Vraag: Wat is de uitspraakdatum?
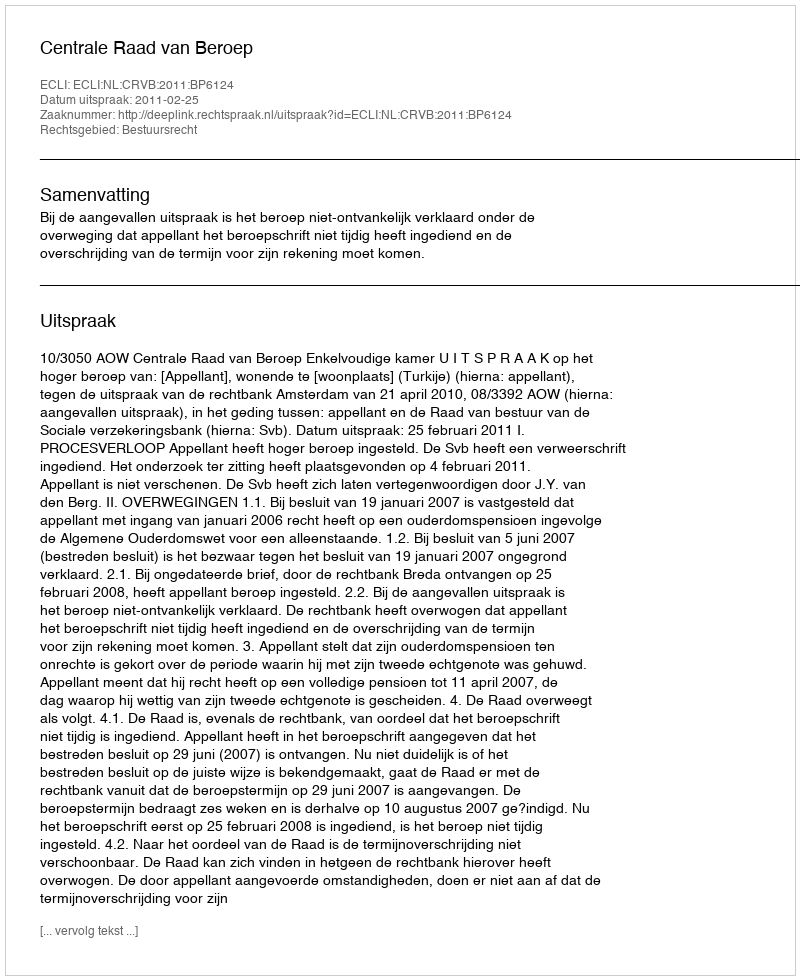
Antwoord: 2011-02-25